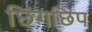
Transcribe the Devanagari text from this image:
छिंगछिप